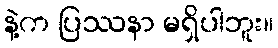
နဲ့က ပြဿနာ မရှိပါဘူး။